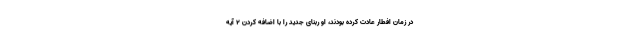
در زمان افطار عادت کرده بودند، او ربنای جدید را با اضافه کردن ۲ آیهٔ